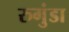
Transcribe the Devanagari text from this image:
रुगुंडा